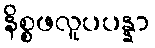
နိစ္စဖလူပပန္နာ